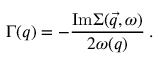
\Gamma ( q ) = - \frac { \mathrm { I m } \Sigma ( \vec { q } , \omega ) } { 2 \omega ( q ) } \: .